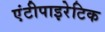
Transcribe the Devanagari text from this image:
एंटीपाइरेटिक